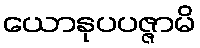
ယောနုပပဇ္ဇာမိ